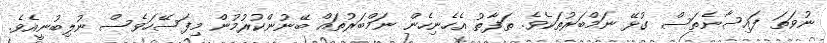
ނުވަތަ ފައިސާނެތަސް ގުޅޭ ނަމްބަރުތަކެވެ. ތަފާތު އެހެނިހެން ނަމްބަރުތައް ބޭނުންކުރުމުން މިފަސޭހަވެސް ނުލިބުނީއެވެ.